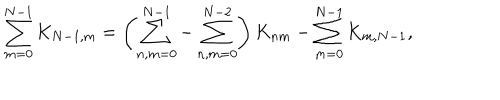
LaTeX: \sum _ { m = 0 } ^ { N - 1 } K _ { N - 1 , m } = \left( \sum _ { n , m = 0 } ^ { N - 1 } - \sum _ { n , m = 0 } ^ { N - 2 } \right) K _ { n m } - \sum _ { m = 0 } ^ { N - 1 } K _ { m , N - 1 } ,